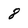
Character: 8